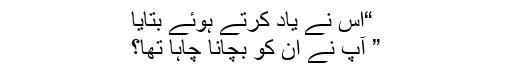
“اس نے یاد کرتے ہوئے بتایا
” آپ نے ان کو بچانا چاہا تھا؟